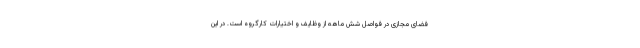
فضای مجازی در فواصل شش ماهه از وظایف و اختیارات کارگروه است. در این